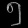
Digit: ၅